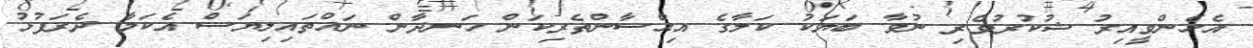
އެހެންވީއިރު ޝުކުރުވެރި ނުވާ ބަޔަކު ކަލާގެ އިޙްސާންތެރިކަން ހަނދާން ނައްތައިލިޔަސް އެކަމާ ދެރަފުޅު